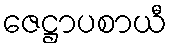
ဇေဋ္ဌာပစာယီ